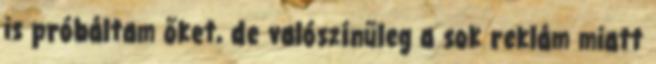
is próbáltam őket, de valószínűleg a sok reklám miatt